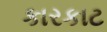
કારકાટ